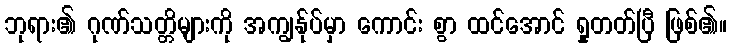
ဘုရား၏ ဂုဏ်သတ္တိများကို အကျွန်ုပ်မှာ ကောင်း စွာ ထင်အောင် ရှုတတ်ပြီ ဖြစ်၏။